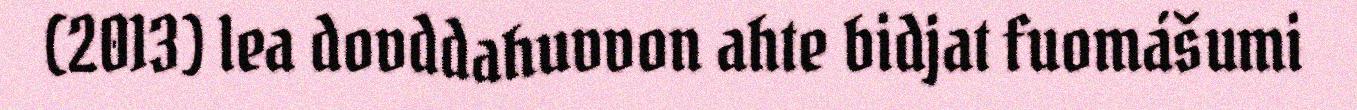
(2013) lea dovddahuvvon ahte bidjat fuomášumi